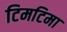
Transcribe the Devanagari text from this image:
टिमटिमा